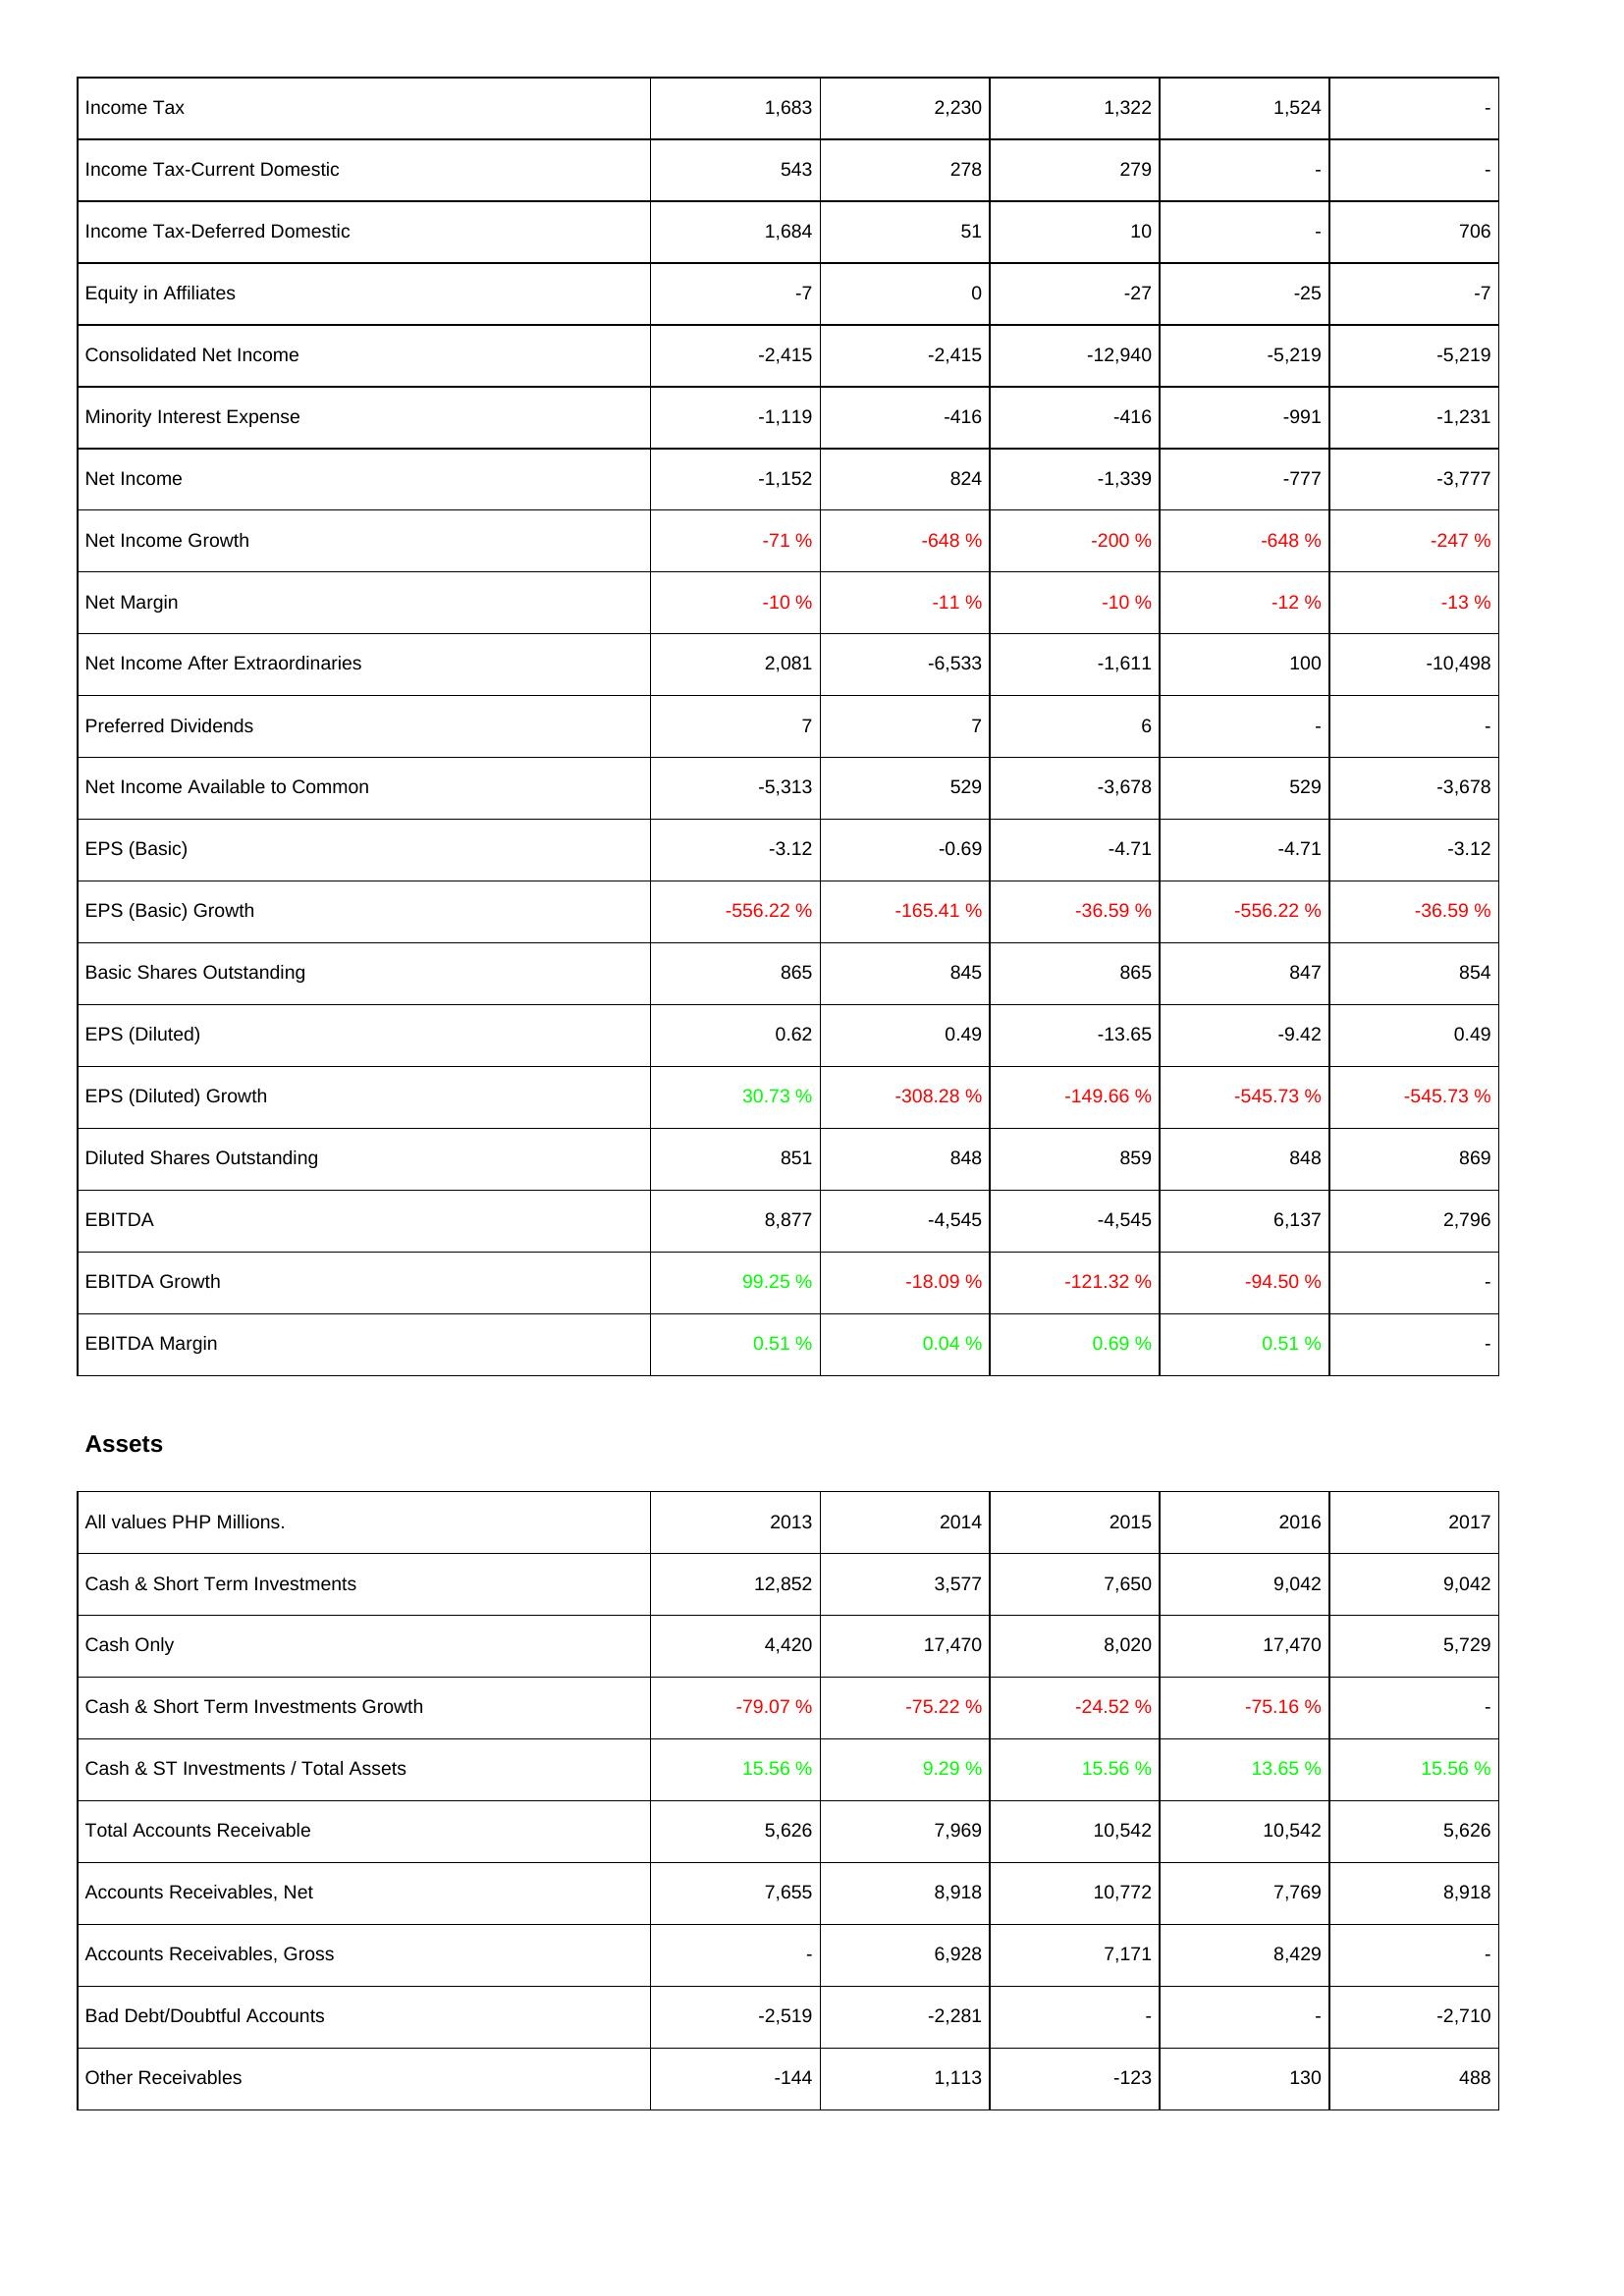
2013: Income Statement: Income Tax: 1,683
Income Tax-Current Domestic: 543
Income Tax-Deferred Domestic: 1,684
Equity in Affiliates: -7
Consolidated Net Income: -2,415
Minority Interest Expense: -1,119
Net Income: -1,152
Net Income Growth: -71 %
Net Margin: -10 %
Net Income After Extraordinaries: 2,081
Preferred Dividends: 7
Net Income Available to Common: -5,313
EPS (Basic): -3.12
EPS (Basic) Growth: -556.22 %
Basic Shares Outstanding: 865
EPS (Diluted): 0.62
EPS (Diluted) Growth: 30.73 %
Diluted Shares Outstanding: 851
EBITDA: 8,877
EBITDA Growth: 99.25 %
EBITDA Margin: 0.51 %
Assets: Cash & Short Term Investments: 12,852
Cash Only: 4,420
Cash & Short Term Investments Growth: -79.07 %
Cash & ST Investments / Total Assets: 15.56 %
Total Accounts Receivable: 5,626
Accounts Receivables, Net: 7,655
Accounts Receivables, Gross: -
Bad Debt/Doubtful Accounts: -2,519
Other Receivables: -144
2014: Income Statement: Income Tax: 2,230
Income Tax-Current Domestic: 278
Income Tax-Deferred Domestic: 51
Equity in Affiliates: 0
Consolidated Net Income: -2,415
Minority Interest Expense: -416
Net Income: 824
Net Income Growth: -648 %
Net Margin: -11 %
Net Income After Extraordinaries: -6,533
Preferred Dividends: 7
Net Income Available to Common: 529
EPS (Basic): -0.69
EPS (Basic) Growth: -165.41 %
Basic Shares Outstanding: 845
EPS (Diluted): 0.49
EPS (Diluted) Growth: -308.28 %
Diluted Shares Outstanding: 848
EBITDA: -4,545
EBITDA Growth: -18.09 %
EBITDA Margin: 0.04 %
Assets: Cash & Short Term Investments: 3,577
Cash Only: 17,470
Cash & Short Term Investments Growth: -75.22 %
Cash & ST Investments / Total Assets: 9.29 %
Total Accounts Receivable: 7,969
Accounts Receivables, Net: 8,918
Accounts Receivables, Gross: 6,928
Bad Debt/Doubtful Accounts: -2,281
Other Receivables: 1,113
2015: Income Statement: Income Tax: 1,322
Income Tax-Current Domestic: 279
Income Tax-Deferred Domestic: 10
Equity in Affiliates: -27
Consolidated Net Income: -12,940
Minority Interest Expense: -416
Net Income: -1,339
Net Income Growth: -200 %
Net Margin: -10 %
Net Income After Extraordinaries: -1,611
Preferred Dividends: 6
Net Income Available to Common: -3,678
EPS (Basic): -4.71
EPS (Basic) Growth: -36.59 %
Basic Shares Outstanding: 865
EPS (Diluted): -13.65
EPS (Diluted) Growth: -149.66 %
Diluted Shares Outstanding: 859
EBITDA: -4,545
EBITDA Growth: -121.32 %
EBITDA Margin: 0.69 %
Assets: Cash & Short Term Investments: 7,650
Cash Only: 8,020
Cash & Short Term Investments Growth: -24.52 %
Cash & ST Investments / Total Assets: 15.56 %
Total Accounts Receivable: 10,542
Accounts Receivables, Net: 10,772
Accounts Receivables, Gross: 7,171
Bad Debt/Doubtful Accounts: -
Other Receivables: -123
2016: Income Statement: Income Tax: 1,524
Income Tax-Current Domestic: -
Income Tax-Deferred Domestic: -
Equity in Affiliates: -25
Consolidated Net Income: -5,219
Minority Interest Expense: -991
Net Income: -777
Net Income Growth: -648 %
Net Margin: -12 %
Net Income After Extraordinaries: 100
Preferred Dividends: -
Net Income Available to Common: 529
EPS (Basic): -4.71
EPS (Basic) Growth: -556.22 %
Basic Shares Outstanding: 847
EPS (Diluted): -9.42
EPS (Diluted) Growth: -545.73 %
Diluted Shares Outstanding: 848
EBITDA: 6,137
EBITDA Growth: -94.50 %
EBITDA Margin: 0.51 %
Assets: Cash & Short Term Investments: 9,042
Cash Only: 17,470
Cash & Short Term Investments Growth: -75.16 %
Cash & ST Investments / Total Assets: 13.65 %
Total Accounts Receivable: 10,542
Accounts Receivables, Net: 7,769
Accounts Receivables, Gross: 8,429
Bad Debt/Doubtful Accounts: -
Other Receivables: 130
2017: Income Statement: Income Tax: -
Income Tax-Current Domestic: -
Income Tax-Deferred Domestic: 706
Equity in Affiliates: -7
Consolidated Net Income: -5,219
Minority Interest Expense: -1,231
Net Income: -3,777
Net Income Growth: -247 %
Net Margin: -13 %
Net Income After Extraordinaries: -10,498
Preferred Dividends: -
Net Income Available to Common: -3,678
EPS (Basic): -3.12
EPS (Basic) Growth: -36.59 %
Basic Shares Outstanding: 854
EPS (Diluted): 0.49
EPS (Diluted) Growth: -545.73 %
Diluted Shares Outstanding: 869
EBITDA: 2,796
EBITDA Growth: -
EBITDA Margin: -
Assets: Cash & Short Term Investments: 9,042
Cash Only: 5,729
Cash & Short Term Investments Growth: -
Cash & ST Investments / Total Assets: 15.56 %
Total Accounts Receivable: 5,626
Accounts Receivables, Net: 8,918
Accounts Receivables, Gross: -
Bad Debt/Doubtful Accounts: -2,710
Other Receivables: 488